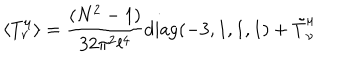
\langle T _ { \nu } ^ { \mu } \rangle = { \frac { ( N ^ { 2 } - 1 ) } { 3 2 \pi ^ { 2 } l ^ { 4 } } } \mathrm { d i a g } ( - 3 , 1 , 1 , 1 ) + \tilde { T } _ { \nu } ^ { \mu }